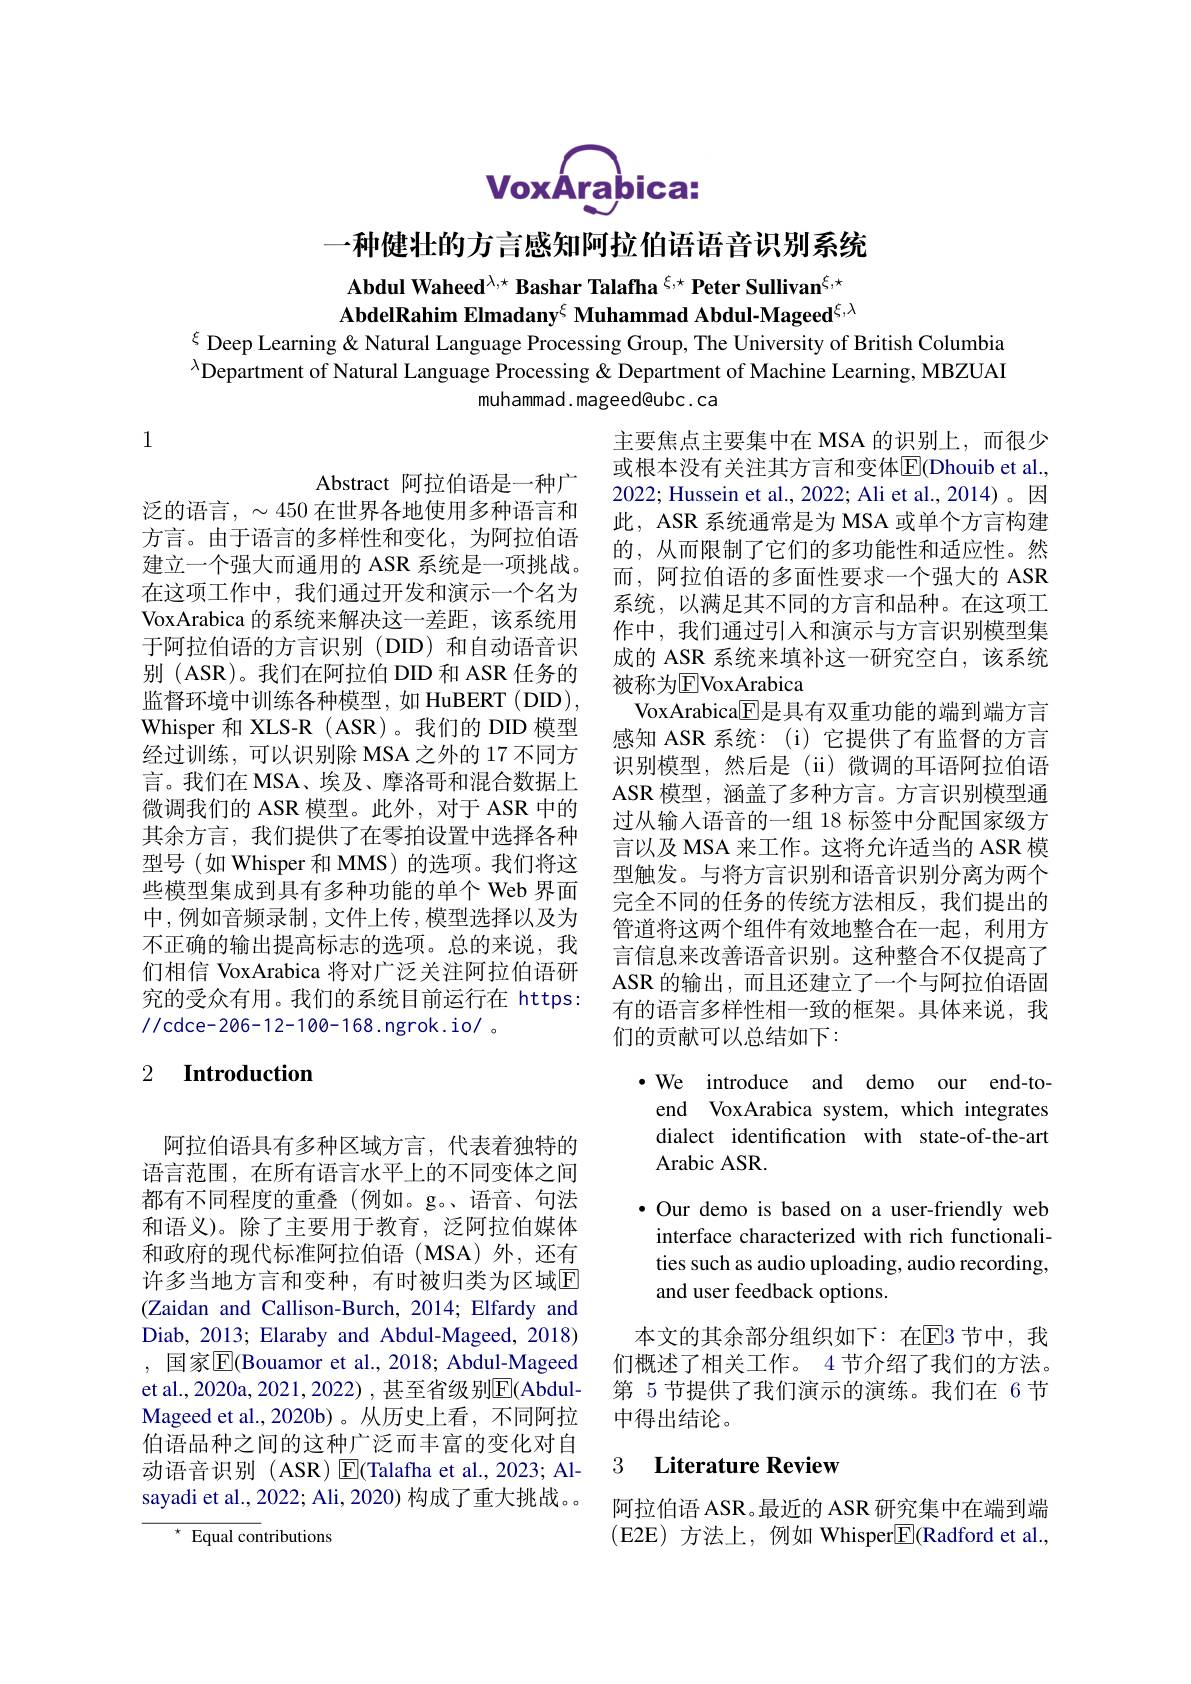
voxArabica:

一种健壮的方言感知阿拉伯语语音识别系统

# $\mathbf{Abdul~Waheed^{\lambda,\star}~Bashar~Talafha~^{\xi,\star}~Peter~Sullivan^{\xi,\star}}$ AbdelRahim Elmadany$^\mathrm{\xi}$ Muhammad Abdul-Mageed$^{\xi,\lambda}$ $\xi$ Deep Learning & Natural Language Processing Group, The University of British Columbia

$^{\lambda}$Department of Natural Language Processing & Department of Machine Learning, MBZUAI
muhammad. mageed@ubc. ca

1

主要焦点主要集中在 MSA 的识别上，而很少或根本没有关注其方言和变体$\overline{\mathrm{E}}$(Dhouib et al. 2022; Hussein et al., 2022; Ali et al., 2014)。因此，ASR 系统通常是为 MSA 或单个方言构建的，从而限制了它们的多功能性和适应性。然而，阿拉伯语的多面性要求一个强大的 ASR 系统，以满足其不同的方言和品种。在这项工作中，我们通过引人和演示与方言识别模型集成的 ASR 系统来填补这一研究空白，该系统被称为EVoxArabica
VoxArabica$\overline{\mathrm{E}}$是具有双重功能的端到端方言感知 ASR 系统：(i) 它提供了有监督的方言识别模型，然后是(ii)微调的耳语阿拉伯语ASR 模型，涵盖了多种方言。方言识别模型通过从输入语音的一组 18 标签中分配国家级方言以及 MSA 来工作。这将允许适当的 ASR 模型触发。与将方言识别和语音识别分离为两个完全不同的任务的传统方法相反，我们提出的管道将这两个组件有效地整合在一起，利用方言信息来改善语音识别。这种整合不仅提高了ASR 的输出，而且还建立了一个与阿拉伯语固有的语言多样性相一致的框架。具体来说，我们的贡献可以总结如下：

Abstract 阿拉伯语是一种广
泛的语言，$\sim450$在世界各地使用多种语言和方言。由于语言的多样性和变化，为阿拉伯语建立一个强大而通用的 ASR 系统是一项挑战。在这项工作中，我们通过开发和演示一个名为VoxArabica 的系统来解决这一差距，该系统用于阿拉伯语的方言识别(DID)和自动语音识别 (ASR)。我们在阿拉伯 DID 和 ASR 任务的监督环境中训练各种模型，如 HuBERT (DID), Whisper 和 XLS-R ( ASR)。我们的 DID 模型经过训练，可以识别除 MSA 之外的 17 不同方言。我们在 MSA、埃及、摩洛哥和混合数据上微调我们的 ASR 模型。此外，对于 ASR 中的其余方言，我们提供了在零拍设置中选择各种型号(如 Whisper 和 MMS) 的选项。我们将这些模型集成到具有多种功能的单个 Web 界面中，例如音频录制，文件上传，模型选择以及为不正确的输出提高标志的选项。总的来说，我们相信 VoxArabica 将对广泛关注阿拉伯语研究的受众有用。我们的系统目前运行在 https: //cdce-206-12-100-168.ngrok.io/ 。

## 2 $\textbf{Introduction}$

·We introduce and demo our end-to-

end VoxArabica system, which integrates

dialect identification with state-of-the-art

Arabic ASR

$\bullet$ Our demo is based on a user-friendly web

interface characterized with rich functionali-

ties such as audio uploading, audio recording

and user feedback options.

阿拉伯语具有多种区域方言，代表着独特的语言范围，在所有语言水平上的不同变体之间都有不同程度的重叠(例如。g。语音、句法和语义)。除了主要用于教育，泛阿拉伯媒体和政府的现代标准阿拉伯语(MSA)外，还有许多当地方言和变种，有时被归类为区域$\mathbb{E}$ (Zaidan and Callison-Burch, 2014; Elfardy and Diab, 2013; Elaraby and Abdul-Mageed, 2018) , 国家$\overline{\mathrm{E}}($Bouamor et al., 2018; Abdul-Mageed et al., 2020a, 2021, 2022) , 甚至省级别$\overline{\mathrm{E}}($AbdulMageed et al.,2020b)。从历史上看，不同阿拉伯语品种之间的这种广泛而丰富的变化对自动语音识别 (ASR) $\operatorname{E}($Talafha et al., 2023; Alsayadi et al., 2022; Ali, 2020) 构成了重大挑战。。

本文的其余部分组织如下：在$\overline{\mathrm{E}}$3节中，我们概述了相关工作。4 节介绍了我们的方法。第 5 节提供了我们演示的演练。我们在 6 节中得出结论。

### 3 $\textbf{Literature Review}$

阿拉伯语 ASR。最近的 ASR 研究集中在端到端(E2E)方法上，例如 Whisper$\boxed{\mathrm{F}}($Radford et al.,

$^{\star }$ Equal contributions